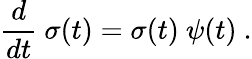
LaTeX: {\frac{d}{dt}}\ \sigma(t)=\sigma(t)\ \psi(t)\ .